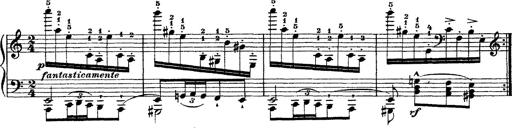
Title: Ã‰tudes d'exÃ©cution transcendante d'aprÃ¨s Paganini
Composer: Franz Liszt